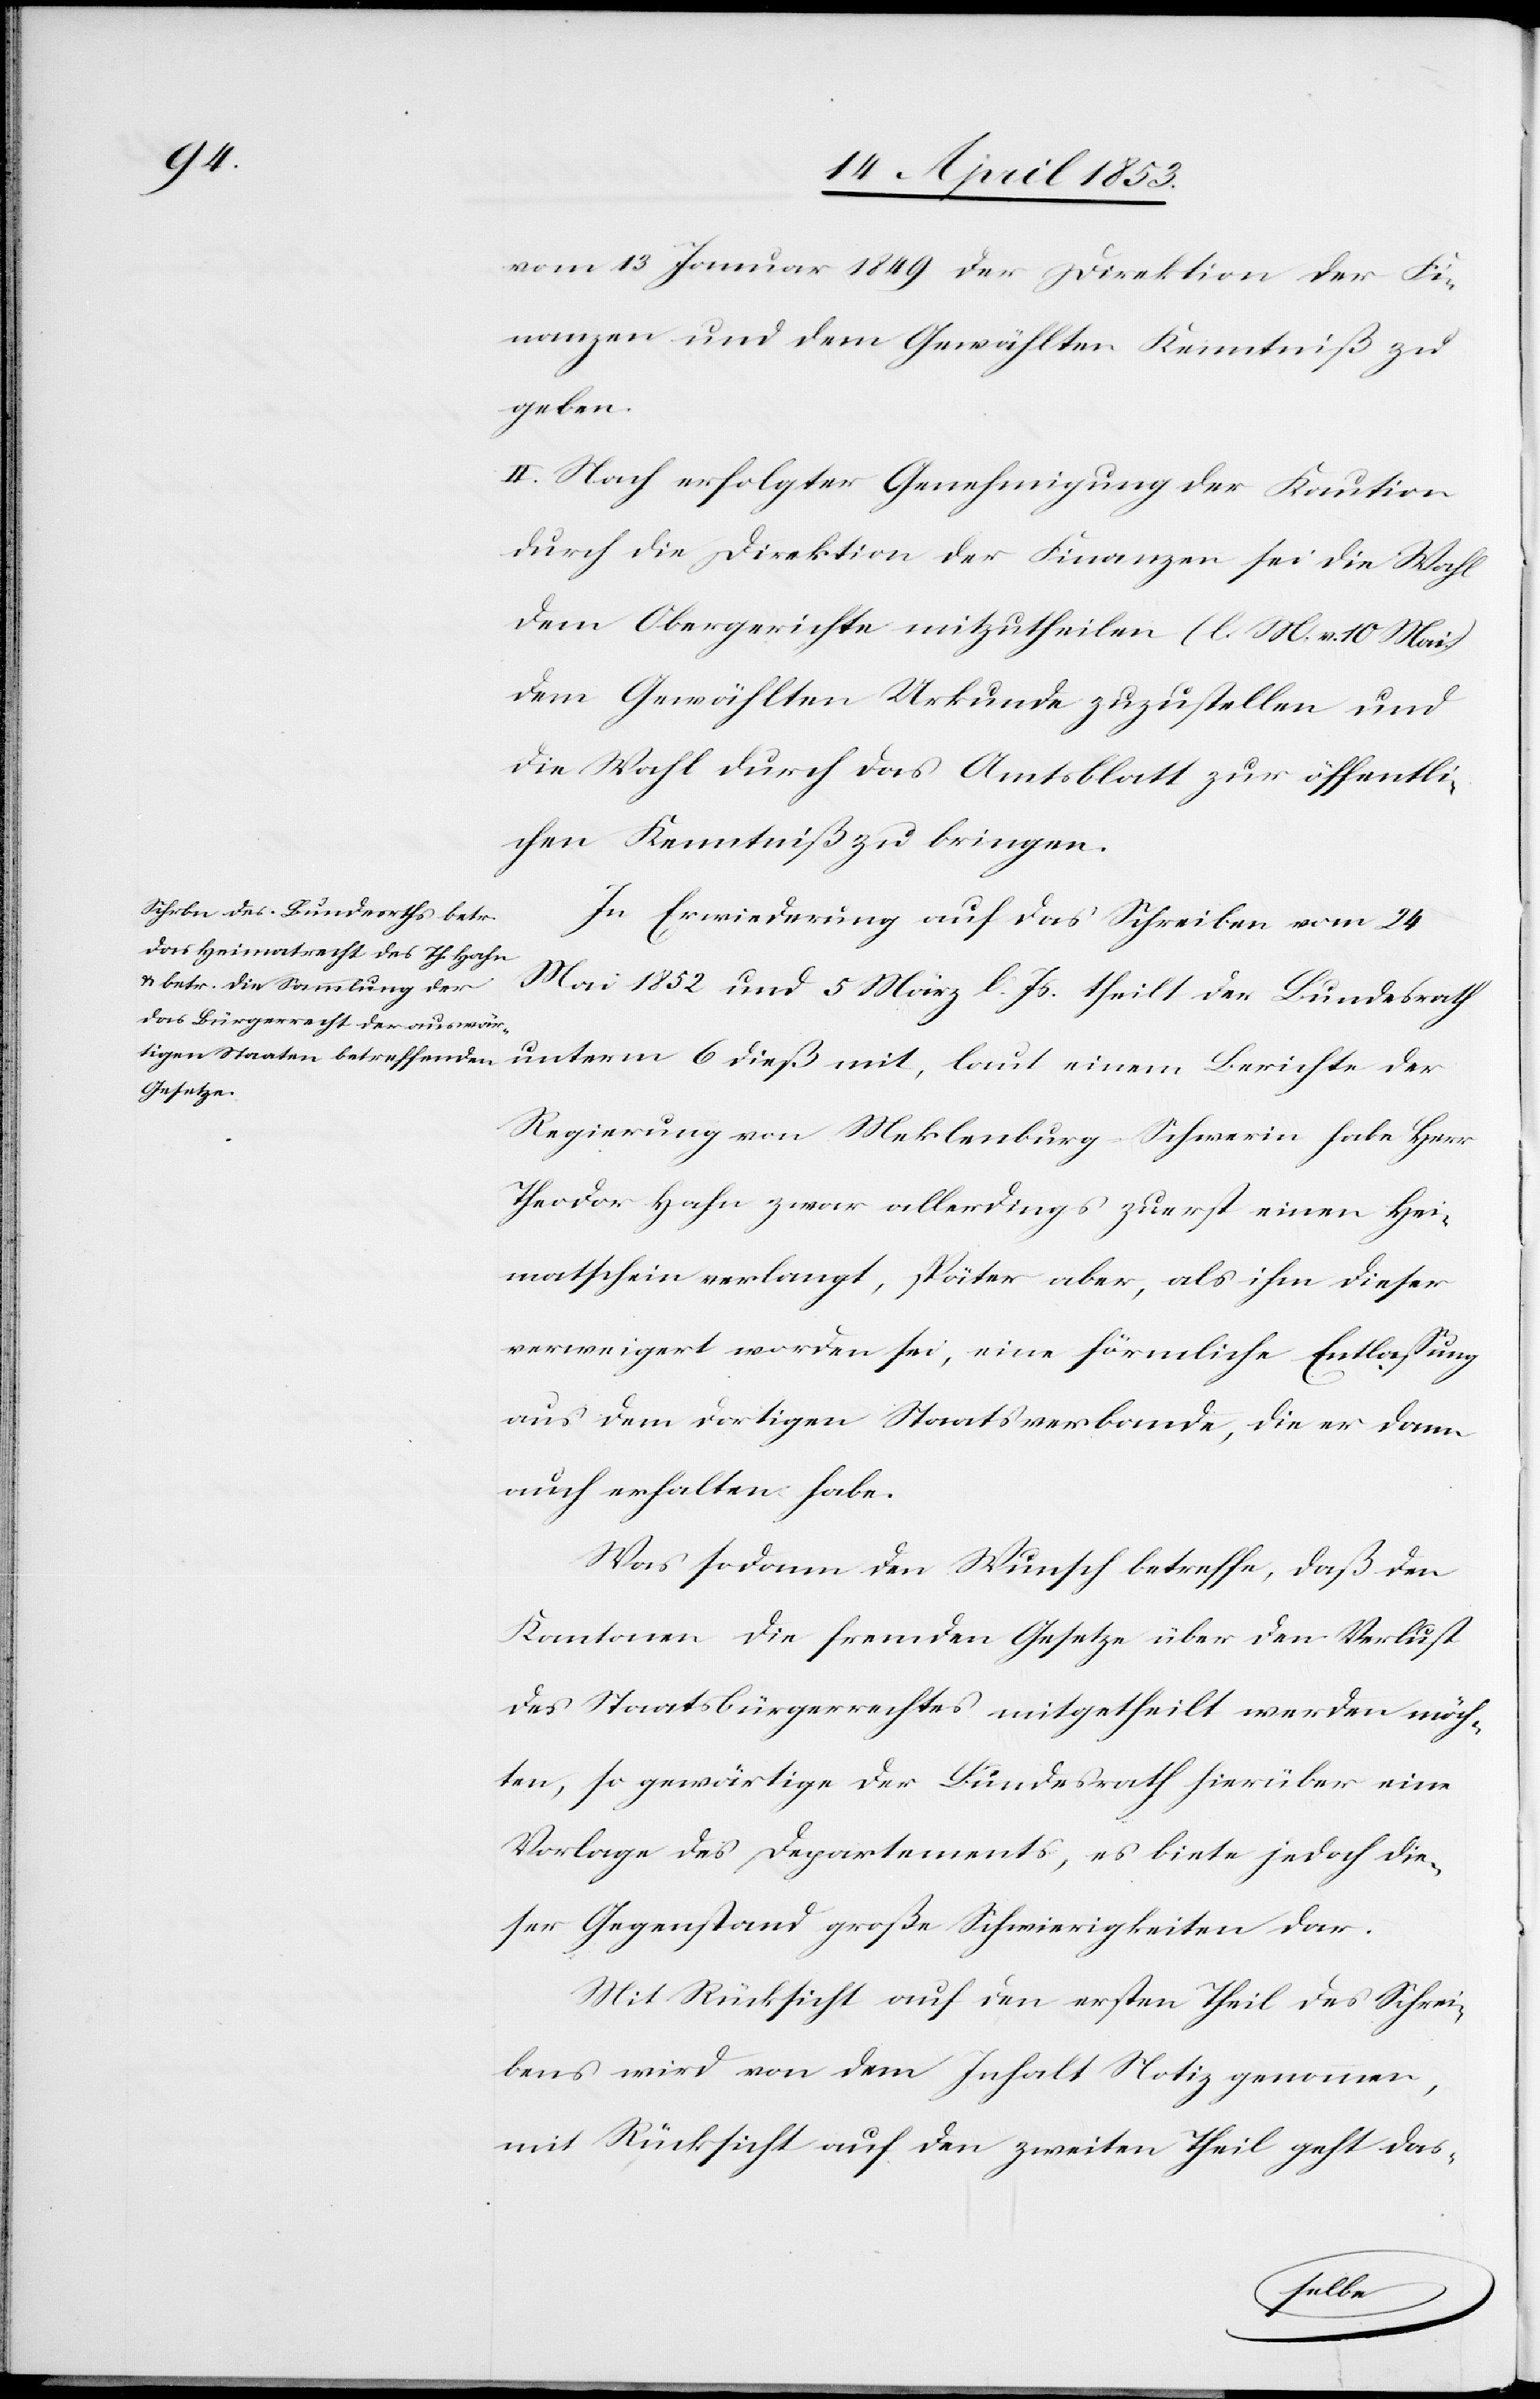
vom 13 Januar 1849 der Direktion der Fi¬
nanzen und dem Gewählten Kenntniß zu
geben.
II. Nach erfolgter Genehmigung der Kaution
durch die Direktion der Finanzen sei die Wahl
dem Obergerichte mitzutheilen. [l. M. v. 10 Mai]
dem Gewählten Urkunde zuzustellen und
die Wahl durch das Amtsblatt zur öffentli¬
chen Kenntniß zu bringen.
In Erwiederung auf das Schreiben vom 24
Mai 1852 und 5 März l. Js. theilt der Bundesrath
unterm 6 dieß mit, laut einem Berichte der
Regierung von Meklenburg-Schwerin habe Herr
Theodor Hahn zwar allerdings zuerst einen Hei¬
mathschein verlangt, später aber, als ihm dieser
verweigert worden sei, eine förmliche Entlaßung
aus dem dortigen Staatsverbande, die er dann
auch erhalten habe.
Was sodann den Wunsch betreffe, daß den
Kantonen die fremden Gesetze über den Verlust
des Staatsbürgerrechtes mitgetheilt werden möch¬
te, so gewärtige der Bundesrath hierüber eine
Vorlage des Departements, es biete jedoch die¬
ser Gegenstand große Schwierigkeiten dar.
Mit Rücksicht auf den ersten Theil des Schrei¬
bens wird von dem Inhalt Notiz genommen,
mit Rücksicht auf den zweiten Theil geht das-